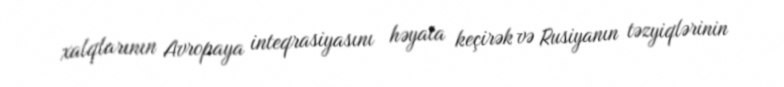
xalqlarının Avropaya inteqrasiyasını həyata keçirək və Rusiyanın təzyiqlərinin